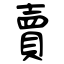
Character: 賣